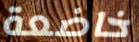
خاضعة